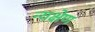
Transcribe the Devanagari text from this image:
न्यक्षेण